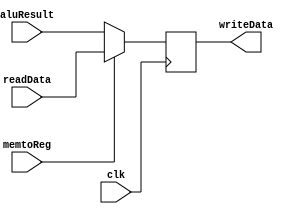
module muxMem (
    input wire clk,
    input wire memtoReg,
    input wire [31:0] readData,
    input wire [31:0] aluResult,
    output reg [31:0] writeData
);
    always @(posedge clk) begin
        if(memtoReg == 1) begin
            writeData = readData;
        end
        if (memtoReg == 0) begin
            writeData = aluResult;
        end
        
    end
endmodule